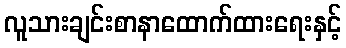
လူသားချင်းစာနာထောက်ထားရေးနှင့်